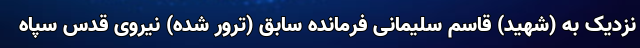
نزدیک به (شهید) قاسم سلیمانی فرمانده سابق (ترور شده) نیروی قدس سپاه